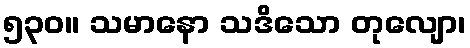
၅၃၀။ သမာနော သဒိသော တုလျော၊